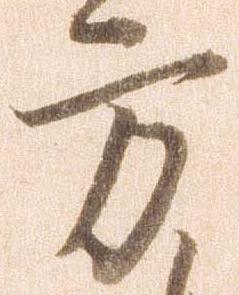
方